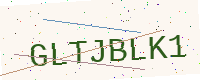
Text: GLTJBLK1